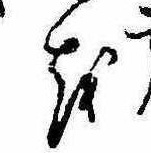
を